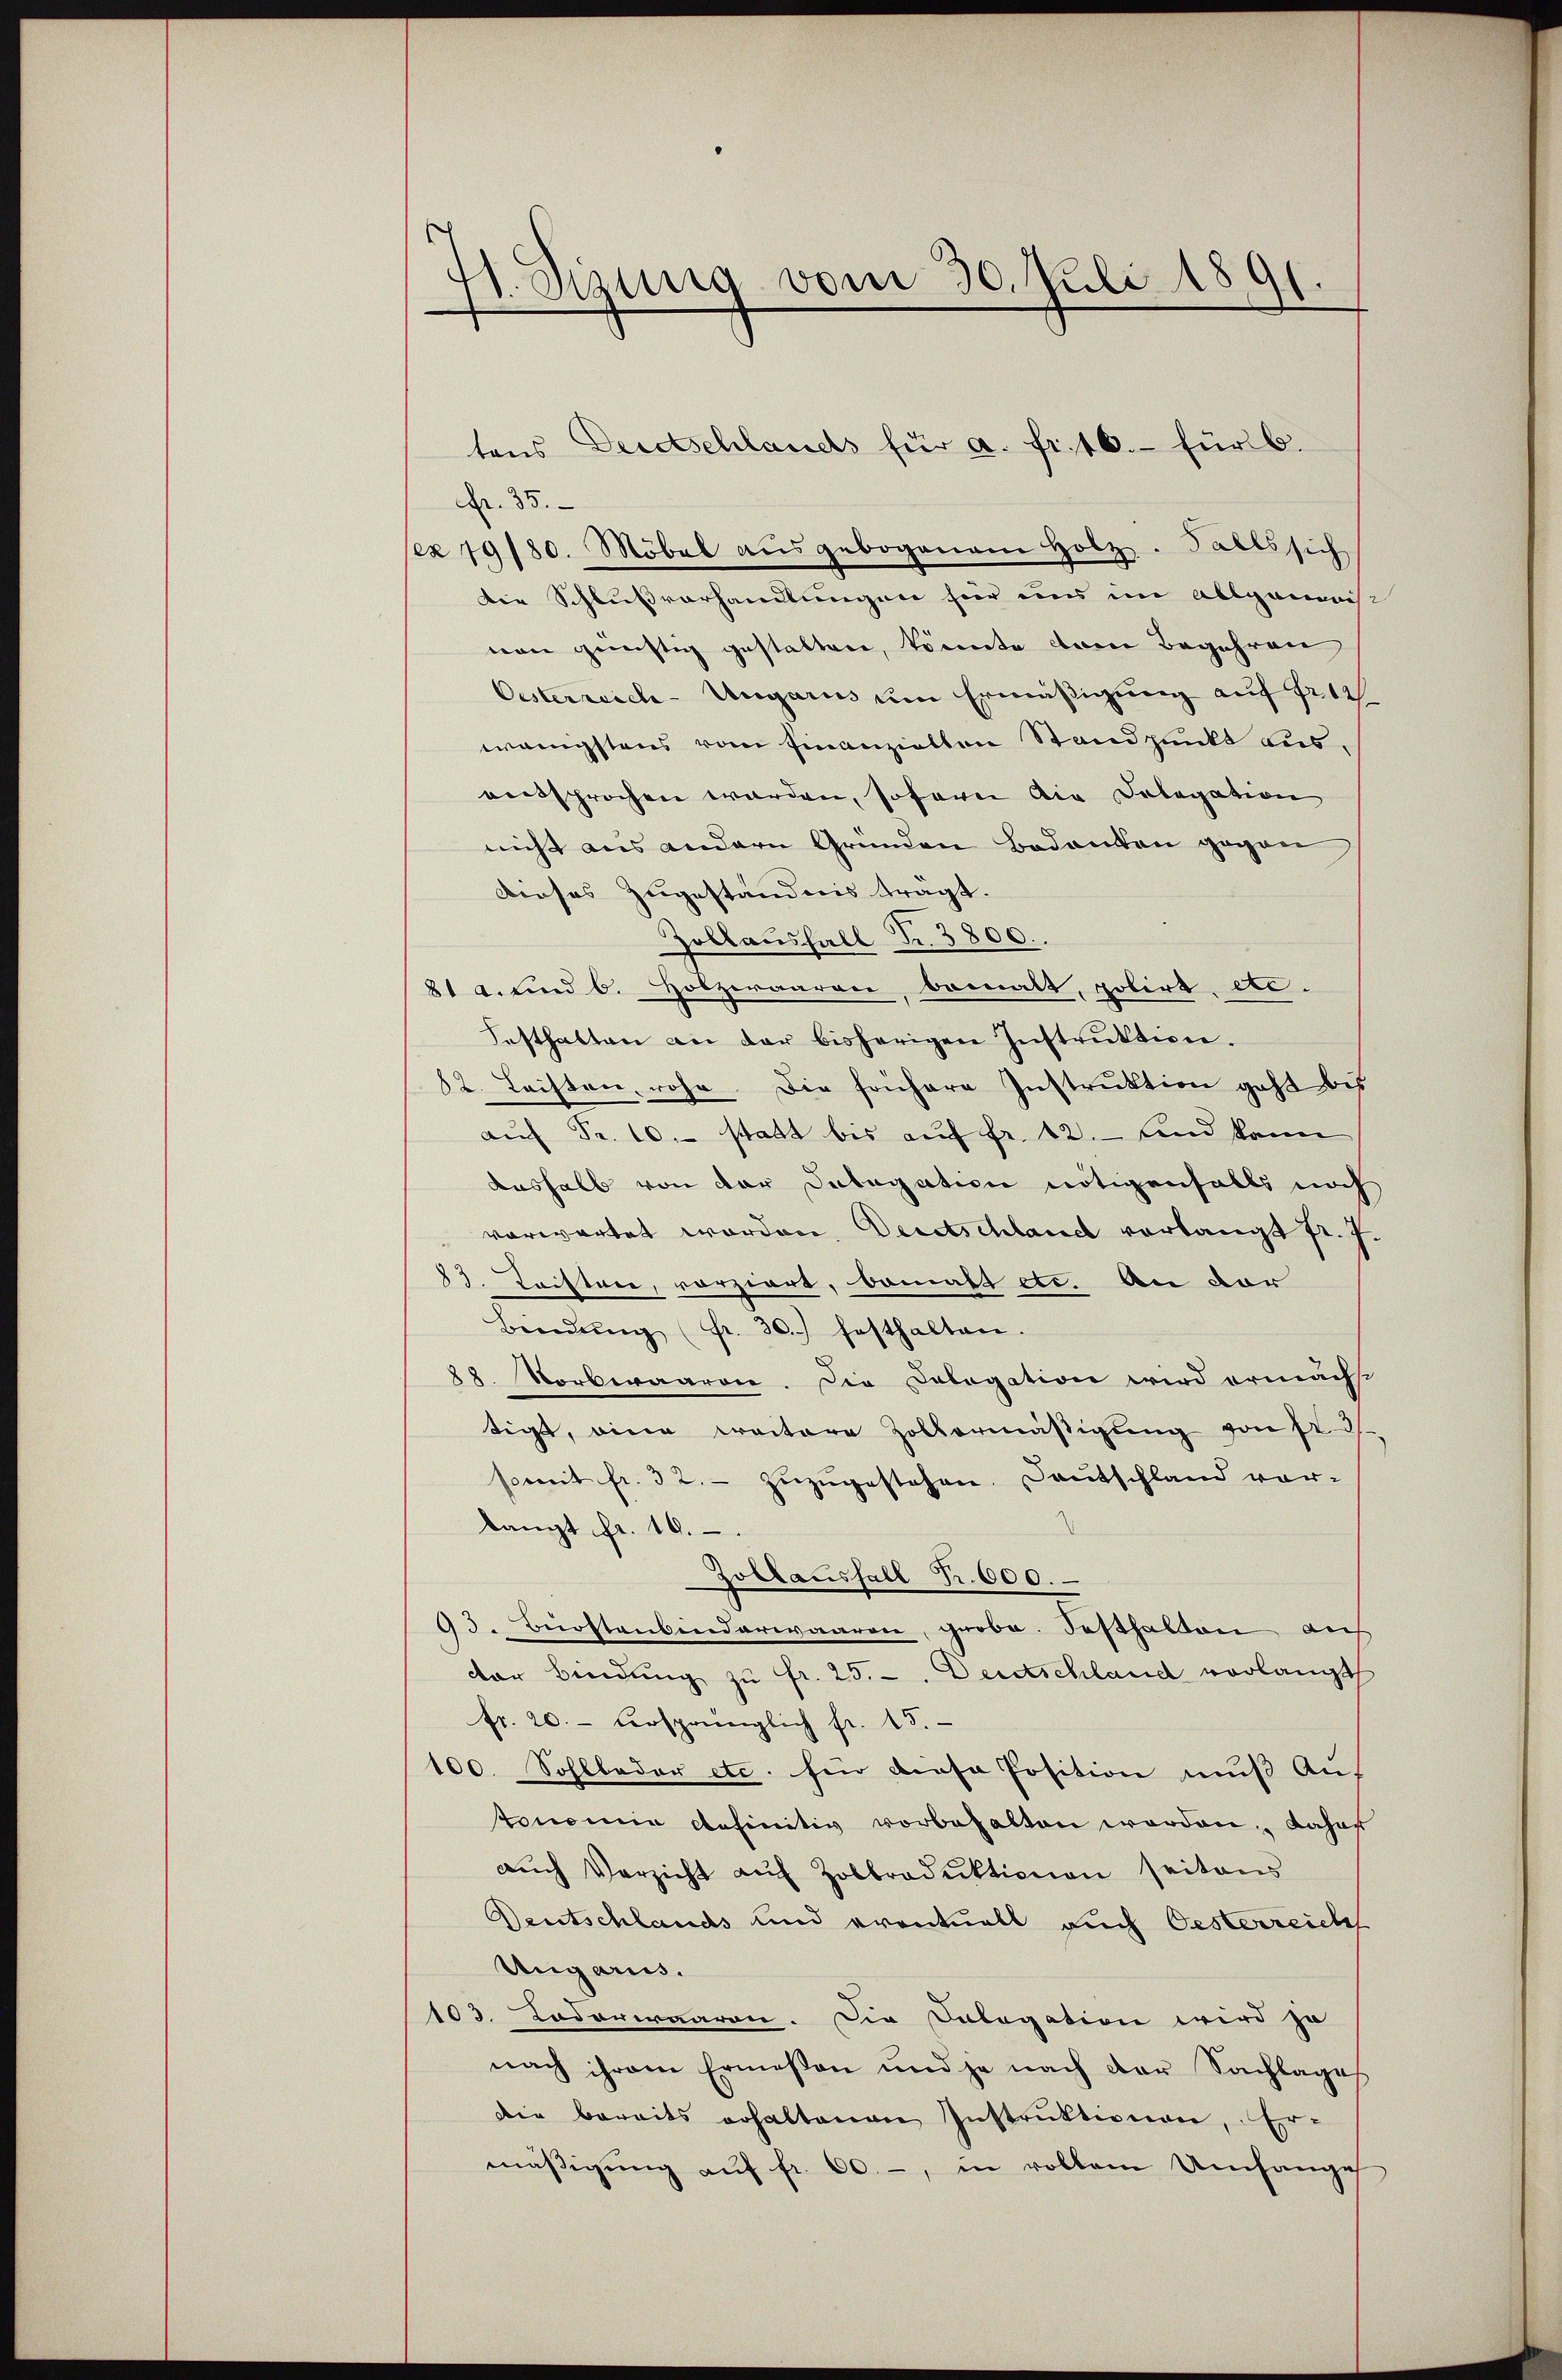
d
11. Sizung vom 30. Juli 1891.

tens Decdtschlauchs für a. fr. 16. für b.
fr. 35.
ex 19180. Möbel aŭsgebogenem Holz. Talls sich
Die Schlussvorhandlungen hier uns im Allgemeist
nen günstig gestalten, könnte dem Begehren
Oesterreich-Ungaris um Ermäßigung auf Fr.
wenigstens vom Finanzielten Standpunkt aus,
eentsprochen worden, soforen die Dologation
nicht aus andern Gründen Bedanken gegen
Dieses Zugeständnis trägt.
Zollausfall Nr. 3800.
21 a. und 6. Holzeraaren, bemalt, polirt, etc.
Festhalten an der bisherigen Instruktion.
82. Leisten, rohe. Die frühere Instruktion geht bis
aŭf Fr. 10. statt bis auf fr. 12. und kann
deshalb von der Delegation nötigenfalls noch
vorwartet worden, Deretschlauch verlangt fr. 7.
83. Leistere, vorziert, damalt etc. An der
Bindŭng (fr. 30. festhalten.
88. Norbwaaren. Die Cologation wird ermächt
tigt, einen Traitere Zollermäßigung von 2 3/
somit fr. 32.- zŭzŭgestehen. Deutschland vor-
langt fr. 10.
Zollausfall Fr. 600.
93. Bürstenbinderwaaren, grobe. Festhalten auf
dar bindŭng zŭ fr. 25. - Deutschland vorlangt
fr. 20.- dersprünglich fr. 15.
100. Sohlboder etc. für diese Position muß Aus
tonomie definitiv vorbehalten worden. Daher
aŭch Verzicht aŭf Zolbroduktionen seitens
Deutschlands und eventuell auch Oesterreich
Ungarus.
103. Lodareraaren. Die Salogation wird zu
nach ihrem Ermeßen und je nach der Sachlage
die bereits erhaltenen Instruktionen, Er-
mäβigŭng aŭf fr. 60.-, in vollem Umfange